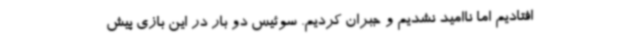
افتادیم اما ناامید نشدیم و جبران کردیم. سوئیس دو بار در این بازی پیش